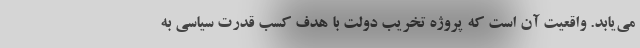
می‌یابد. واقعیت آن است که پروژه تخریب دولت با هدف کسب قدرت سیاسی به